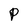
Character: P